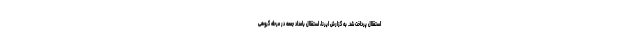
استقلال پرداخت شد. به گزارش ایرنا، استقلال بامداد جمعه در مرحله گروهی